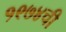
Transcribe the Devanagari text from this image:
१९७४ची